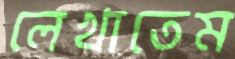
লেখাতেম